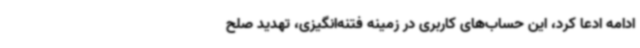
ادامه ادعا کرد، این حساب‌های کاربری در زمینه فتنه‌انگیزی، تهدید صلح